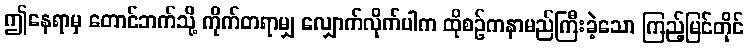
ဤနေရာမှ တောင်ဘက်သို့ ကိုက်တရာမျှ လျှောက်လိုက်ပါက ထိုစဉ်ကနာမည်ကြီးခဲ့သော ကြည့်မြင်တိုင်